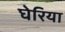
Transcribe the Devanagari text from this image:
घेरिया